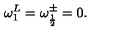
\omega _ { 1 } ^ { L } = \omega _ { \frac { 1 } { 2 } } ^ { \pm } = 0 .